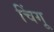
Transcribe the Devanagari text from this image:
चिंगू